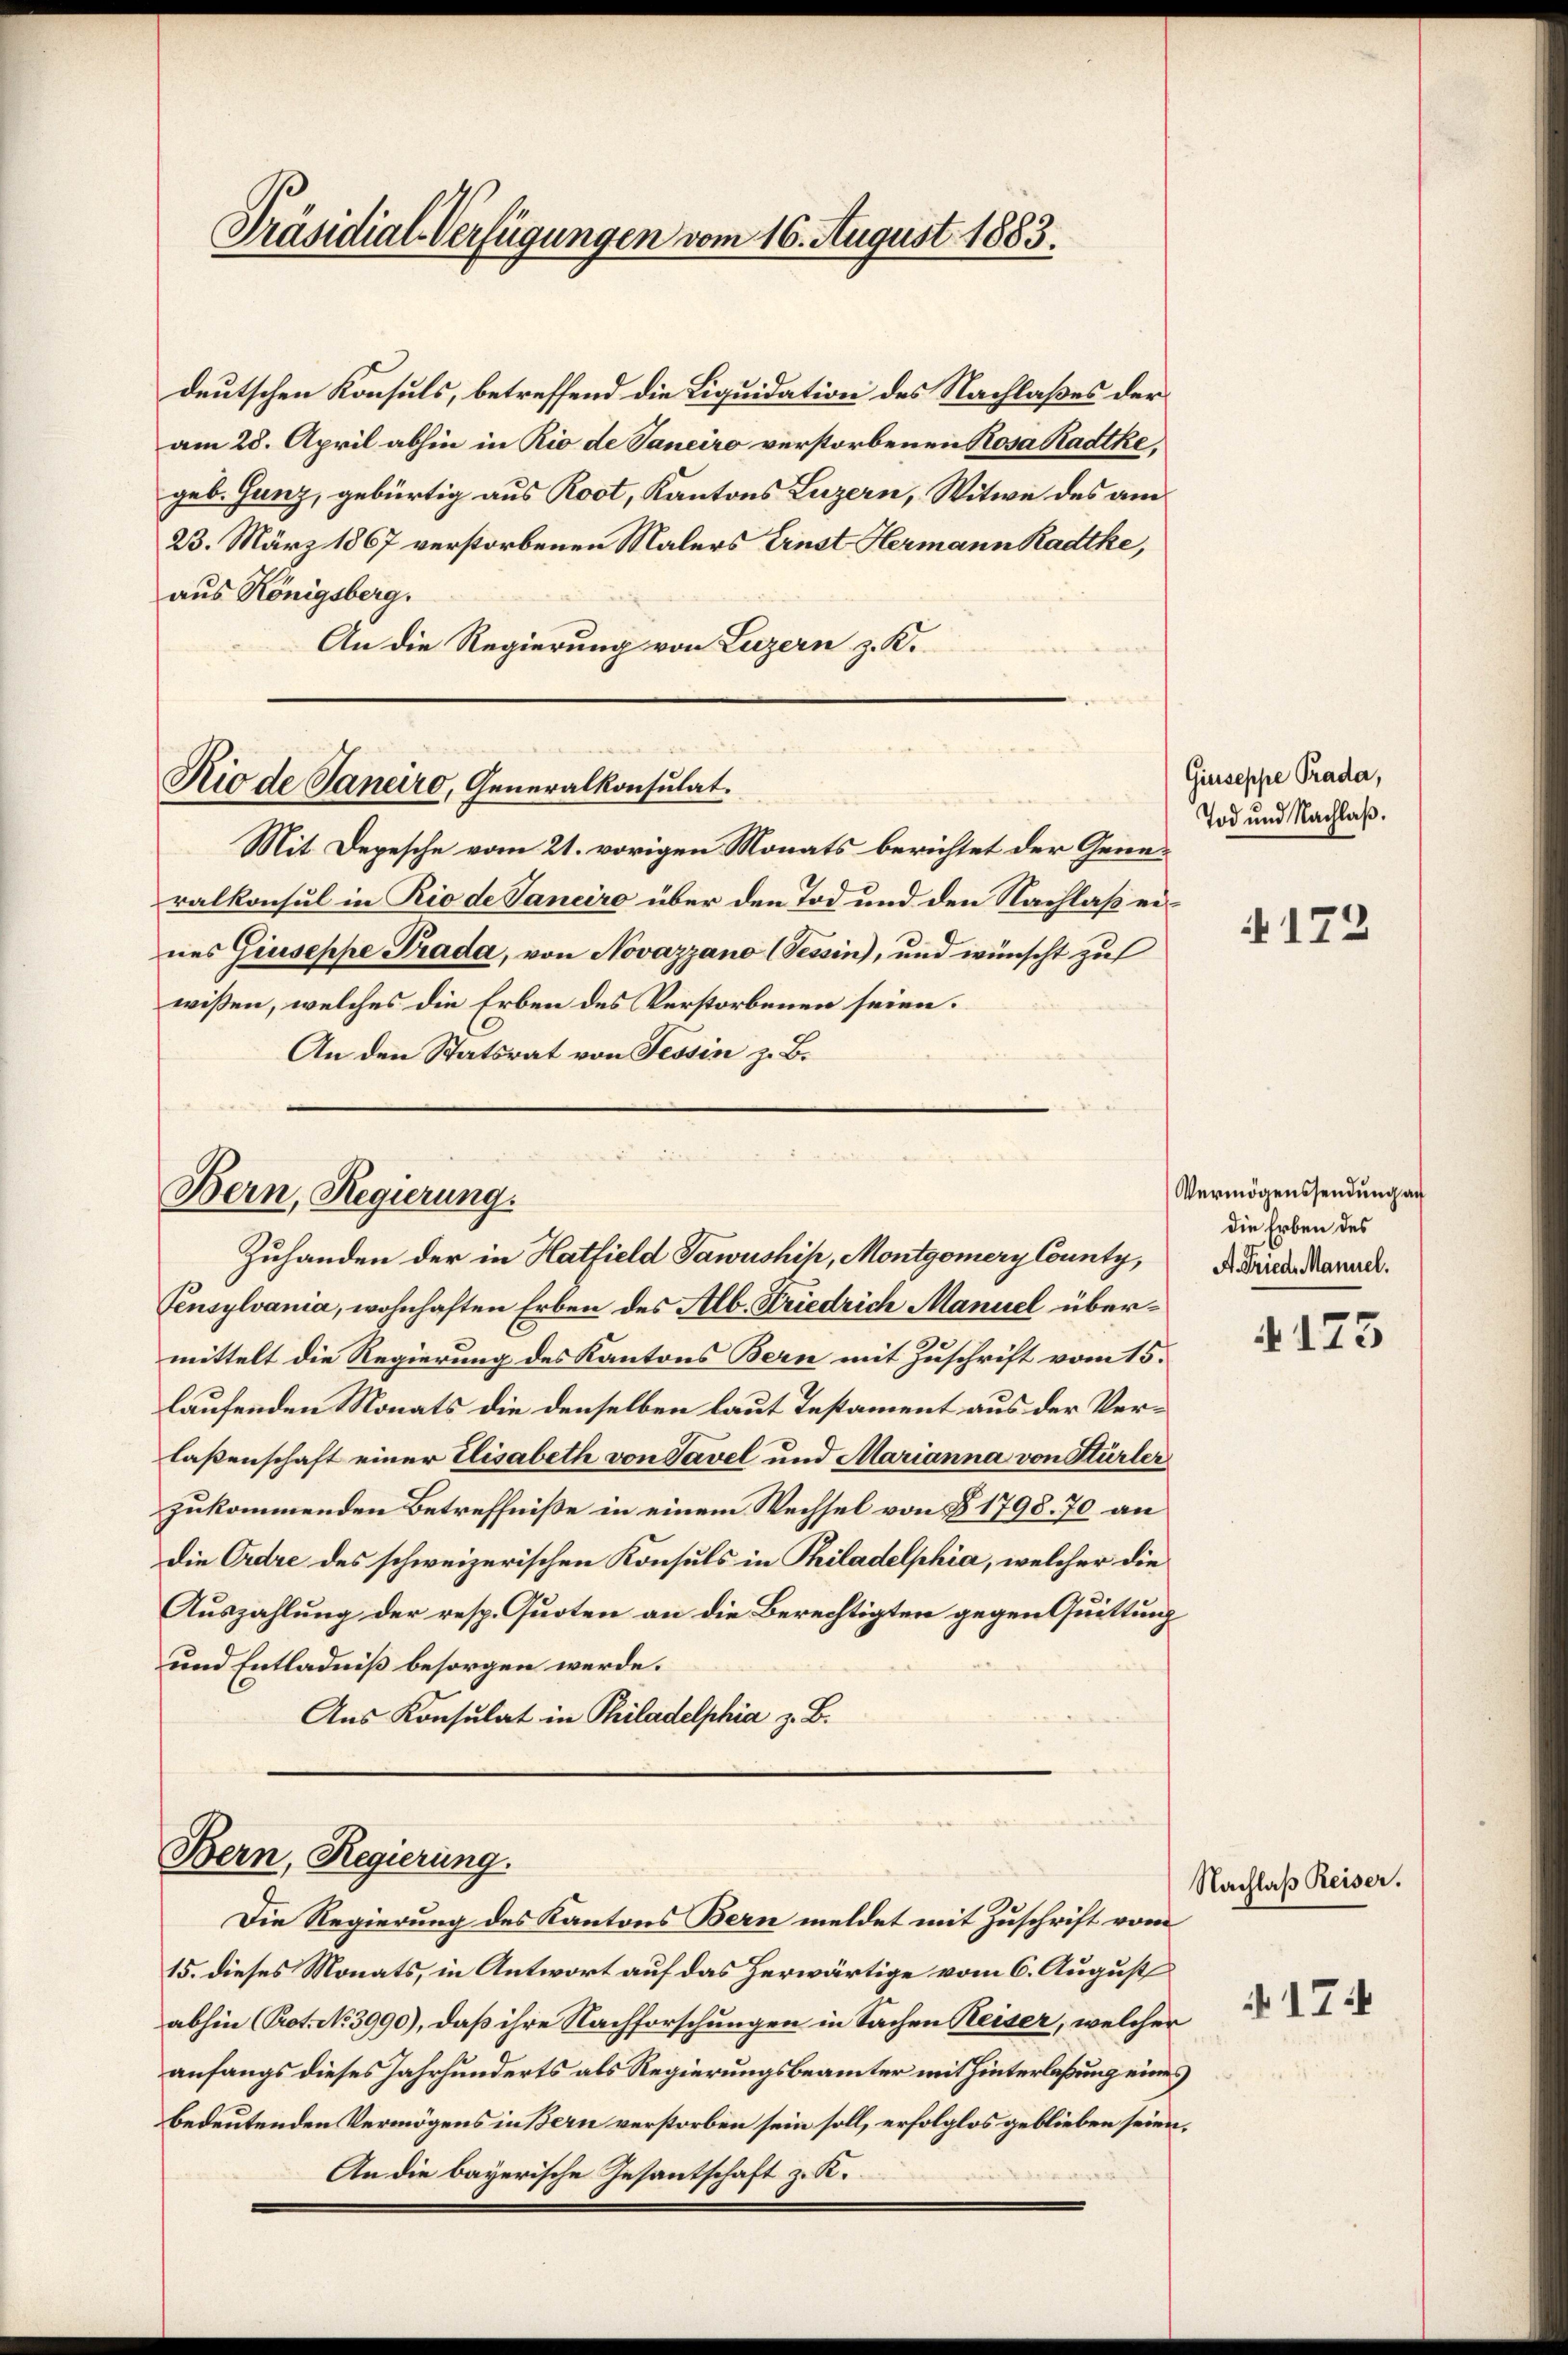
Präsidial-Verfügungen vom 16. August 1883.

deutschen Konsuls, betreffend die Liquidation des Nachlaßes der
am 28. April abhin in Rio de Saneiro verstorbenen Rosa Radtkegeb. Ganz, gebürtig aus Root, Kantons Luzern, Witwe des am
23. März 1867 verstorbenen Malers Ernst Hermann Radtke,
aus Königsberg.
An die Regierung von Luzern z. K.

Rio de Sanaro, Generalkonsulat.

Bern, Regierung.
Zuhanden der in Hatfield Sawushih, Montgomery County,

Mit Depesche vom 21. vorigen Monats berichtet der Generalkonsul in Rio de Janeiro über den Tod und den Nachlaß ernes Giuseppe Prada, von Novazzano (Tessin), und wünscht zu
wissen, welches die Erben des Verstorbenen seien.
An den Statsrat von Tessin z. B.

Bern, Regierung.
Die Regierung des Kantons Bern meldet mit Zuschrift vom

Tensylvania, wohnhaften Erben des Alb. Friedrich Manuel übermittelt die Regierung des Kantons Bern mit Zuschrift vom 15.
laufenden Monats die denselben laut Testament aus der Verlaßenschaft einer Elisabeth von Savel und Marianna von Stürler
zukommenden Betreffniße in einem Wechsel von § 1798. 70 an
die Ordre des schweizerischen Konsuls in Philadelphia, welcher die
Auszahlung der resp. Quoten an die Berechtigten gegen Quittung
und Entladniß besorgen werde.
Aus Konsulat in Philadelphia z. B.

Giuseppe Prada,
Tod und Nachlaß.

15. dieses Monats, in Antwort auf das herwärtige vom 6. August
abhin (Prot. No 3990), daß ihre Nachforschungen in Sachen Reiser, welcher
anfangs dieses Jahrhunderts als Regierungsbeamter mit Hinterlaßung eines
bedeutenden Vermögens in Bern verstorben sein soll, erfolglos geblieben seien.
An die bayerische Gesantschaft z. R.

4172

Vermögenssendung an
die Erben des
A. Fried. Manuel.

173

Nachlaß Reiser.

174